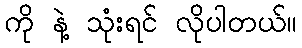
ကို နဲ့ သုံးရင် လိုပါတယ်။